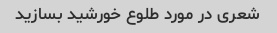
شعری در مورد طلوع خورشید بسازید